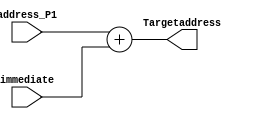
module BTAaddr(
input [0:4] address_P1,
input [0:4] immediate,
output [0:4] Targetaddress

);


	assign Targetaddress = address_P1 + immediate ;

endmodule